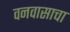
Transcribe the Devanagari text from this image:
वनवासाचा